Calcutta medical institutions reports 1892-1900
Year: 1892
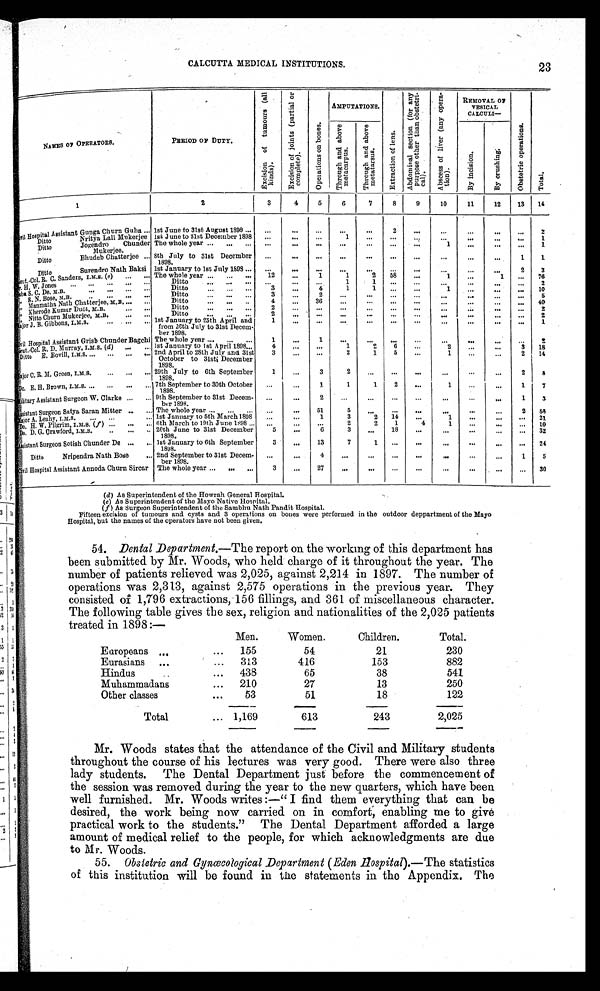
CALCUTTA MEDICAL INSTITUTIONS.
NAMES OF OPERATORS.
PERIOD OF DUTY.
E x c i s i o n o f t u m o u r s ( a l l
k i n d s ) .
E x c i s i o n o f j o i n t s ( p a r t i a l o r
c o m p l e t e ) .
O p e r a t i o n s o n b o n e s .
AMPUTATIONS.
E x t r a c t i o n o f l e n s .
A b d o m i n a l s e c t i o n ( f o r a n y
p u r p o s e o t h e r t h a n o b s t e t r i -c
a l ) .
A b s c e s s o f l i v e r ( a n y o p e r a -
t i o n ) .
REMOVAL OF
VESICAL
CALCULI—
O b s t e t r i c o p e r a t i o n s .
T o t a l .
T h r o u g h a n d a b o v e
m e t a c a r p u s .
T h r o u g h a n d a b o v e
m e t a t a r s u s .
B y i n c i s i o n .
B y c r u s h i n g .
1
2
3
4
5
6
7
8
9
10
11
12 13 14
C i v i l H o s p i t a l A s s i s t a n t G u n g a C h u r n G u h a
... 1st June to 31st August 1898 . . . . . .
... ...
. . .
...
2
. . .
. . . . . .
. . .
. . .
2
Ditto Nritya Lall Mukerjee 1st June to 31st December 1898 ...
...
. . .
1 ... ...
. . .
...
. . .
. . .
. . .
1
D i t t o J o g e n d r o C h u n d e r
Mukerjee.
The whole year ...
. . . ... ...
. . .
. . .
. . .
. . . ...
. . .
1
. . .
. . .
. . .
1
Ditto Bhudeb Chatterjee ... 8th July to 31st December
1898.
...
. . .
. . .
. . .
. . .
. . .
. . .
. . . ...
. . . 1
1
Ditto Surendro Nath Baksi 1st January to 1st July 1898 ... ...
. . .
. . .
. . . ... ...
. . .
...
. . .
. . . 2 2
e u t . - C o l . R . C . S a n d e r s , I . M . S . (
... ... The whole year ... ... ... 12 ...
1
1
2 58
. . .
1 . . .
1
. . . 76
r. H. W. Jones . . .
. . .
. . . ...
. . .
Ditto
. . . ... ...
. . .
. . .
. . .
1
1
. . .
. . .
... . . .
. . . ... 2
b u S. C. De . M. B.
. . . ... ... ...
Ditto
... ... ...
3
. . .
4
1
1
. . .
. . .
1
. . .
. . .
. . .
1 0
„ S. N. Bose, M.B.
... ... ... ...
Ditto
. . .
. . .
. . . 3 ...
2
. . .
...
...
. . .
...
. . .
. . .
. . .
5
„ Manmat ha Nat h Chat t er j ee, M. B.
... ...
Ditto
... ...
. . . 4 ... 36
. . .
. . . ... ...
. . . . . .
. . .
. . . 40
„ Kher ode Kumar Dut t , M. B.
...
. . . Ditto
...
. . .
. . . 2
. . .
. . .
. . . ... ...
. . .
. . . . . .
. . .
...
2
„ Nitto Churn Mukerjee, M.B.
... . . . Ditto
. . . ... ...
2 ... ...
...
... ...
. . .
. . . ...
. . .
. . .
2
Ma j o r J . B. Gi b b o n s , I . M. S .
. . . ... ... 1st January to 25th April and
from 26th July to 31st Decem-
ber 1898.
1 ...
... ...
. . . ... ...
. . . ...
. . .
. . .
1
C i v i l H o s p i t a l A s s i s t a n t G r i s b C h u n d e r B a g c h i
The whole year
... . . .
. . . 1
. . .
1
. . . ... ...
. . .
...
. . .
. . .
. . .
2
e u t . - Co l . R. D. Mu r r a y , I . M. S . ( d )
... ... 1st January to 1st April 1898 ...
4 ... ...
1
2 6 ...
2
. . .
. . . 3 18
Ditto E. Bovill, I.M.
S.
... ... ...
. . . 2nd April to 28th July and 31st
October to 31st December
1898.
3 ... ...
2
1 5 ...
1
. . .
...
2 14
M
a j o r C . R . M . G r e e n , I . M . S .
... ... ... 29th July to 6th September
1898.
1 ...
3
2
. . . ...
. . .
. . . . . .
. . .
2
3
Do. E. H. Brown, I.M.S. ... ... ... ... 7th September to 30th October
1898.
...
...
1
1
1 2 . . .
1
. . . ...
1 7
ilitary Assistant Surgeon W. Clarke ... ... 9th September to 31st Decem-
ber 1898.
...
...
2
. . .
. . .
. . .
. . .
...
. . .
. . .
1 3
A s s i s t a n t S u r g e o n S a t y a S a r a n M i t t e r ... ... The whole year ...
. . .
. . . . . .
... 51
5 ... ...
. . .
...
. . .
. . . 2
5 8
M a j o r A . L e a h y , I . M . S .
. . . ...
... 1st January to 5th March 1898
. . . ...
1
3
2 14
. . .
1
. . .
. . .
. . .
2 1
D o . H . W . P i l g r i m , I . M . S . ( f )
... ... ... 6th March to 19th June 1898 ...
. . .
...
...
2
2 1
4 1
...
. . .
. . .
1 0
Do. D. G. Crawford, I.M.S. .. ... . . . 20th June to 31st December
1898.
5 ...
6
3 ... 18
. . .
...
...
...
. . . 32
Assistant Surgeon Sotish Chunder De ... ... 1st January to 6th September
1898.
3
. . . 13
7
1 ...
. . . ...
. . .
... ... 24
Ditto Nripendra Nath Bose
... 2nd September to 31st Decem-
b e r 1 8 9 8 .
...
...
4 ...
... ... ...
. . . . . .
. . .
1 5
C i v i l H o s p i t a l A s s i s t a n t A n n o d a C h u r n S i r c a r The whole year ... . . . . . .
3 ... 27
. . .
. . . . . . ...
. . . . . .
. . .
. . . 30
(d)As Superintendent of the Howrah General Hospital.
(e)As Superintendent of the Mayo Native Hospital.
(f)As Surgeon Superintendent of the Sambhu Nath Pandit Hospital.
Fifteen excision of tumours and cysts and 3 operations on bones were performed in the outdoor deppartment of the Mayo
Hospital, but the names of the operators have not been given.
54. Dental Department. —The report on the working of this department has
been submitted by Mr. Woods, who held charge of it throughout the year. The
number of patients relieved was 2,025, against 2,214 in 1897. The number of
operations was 2,313, against 2,575 operations in the previous year. They
consisted of 1,796 extractions, 156 fillings, and 361 of miscellaneous character.
The following table gives the sex, religion and nationalities of the 2,025 patients
treated in 1898:—
Men.
Women.
Children.
Total.
Europeans ...
... 155
54
21
230
Eurasians ...
... 313
416
153
882
Hindus
..
... 438
65
38
541
Muhammadans
... 210
27
13
250
Other classes
...
53
51
18
122
Total
... 1,169
613
243
2,025
Mr. Woods states that the attendance of the Civil and Military students
throughout the course of his lectures was very good. There were also three
lady students. The Dental Department just before the commencement of
the session was removed during the year to the new quarters, which have been
well furnished. Mr. Woods writes:—"I find them everything that can be
desired, the work being now carried on in comfort, enabling me to give
practical work to the students." The Dental Department afforded a large
amount of medical relief to the people, for which acknowledgments are due
to Mr. Woods.
55. Obstetric and Gynœcological Department ( Eden Hospital).—The statistics
of this institution will be found in the statements in the Appendix. The
23